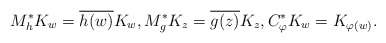
\begin{align*}M^{*}_{h}K_w = \overline{h(w)}K_w,M^{*}_{g}K_z = \overline{g(z)}K_z, C_{\varphi}^{*}K_w = K_{\varphi(w)}. \end{align*}